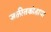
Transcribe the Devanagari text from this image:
जळीतकांडाचा